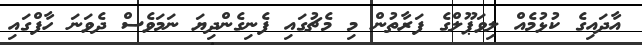
އާދައިގެ ކުޅުމެއް ލިވަޕޫލްގެ ފަރާތުން މި މެޗުގައި ފެނިގެންދިޔަ ނަމަވެސް ދެވަނަ ހާފްގައި